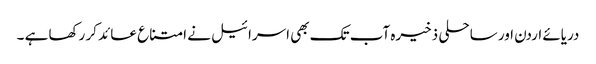
دریائے اردن اور ساحلی ذخیرہ آب تک بھی اسرائیل نے امتناع عائد کر رکھا ہے ۔